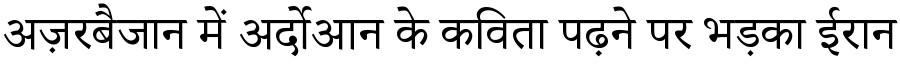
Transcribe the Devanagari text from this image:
अज़रबैजान में अर्दोआन के कविता पढ़ने पर भड़का ईरान